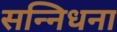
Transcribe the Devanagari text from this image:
सन्निधना